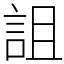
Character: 詛